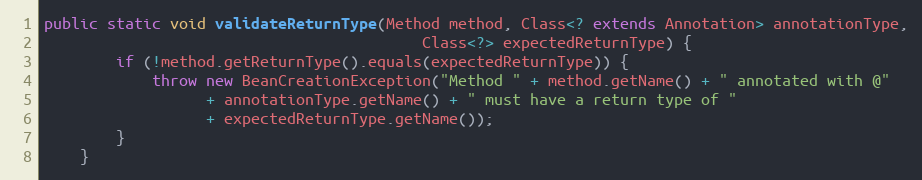
Language: Java
public static void validateReturnType(Method method, Class<? extends Annotation> annotationType,
                                          Class<?> expectedReturnType) {
        if (!method.getReturnType().equals(expectedReturnType)) {
            throw new BeanCreationException("Method " + method.getName() + " annotated with @"
                  + annotationType.getName() + " must have a return type of "
                  + expectedReturnType.getName());
        }
    }